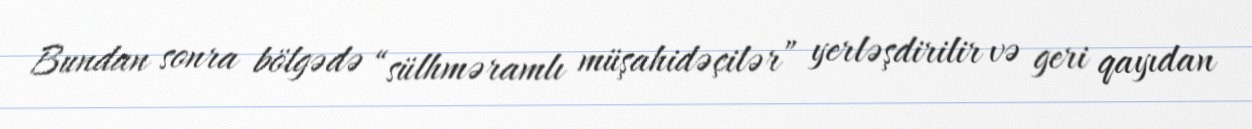
Bundan sonra bölgədə “sülhməramlı müşahidəçilər” yerləşdirilir və geri qayıdan